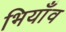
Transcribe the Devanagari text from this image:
भियाँव